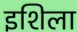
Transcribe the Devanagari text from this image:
इशिला